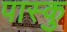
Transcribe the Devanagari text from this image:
पास्कु